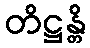
တိဋ္ဌန္တိ